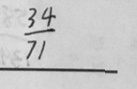
\frac { 3 4 } { 7 1 }